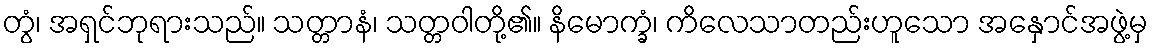
တွံ၊ အရှင်ဘုရားသည်။ သတ္တာနံ၊ သတ္တဝါတို့၏။ နိမောက္ခံ၊ ကိလေသာတည်းဟူသော အနှောင်အဖွဲ့မှ